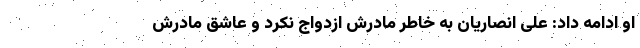
او ادامه داد: علی انصاریان به خاطر مادرش ازدواج نکرد و عاشق مادرش